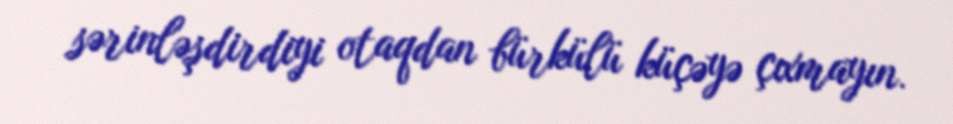
sərinləşdirdiyi otaqdan bürkülü küçəyə çıxmayın.